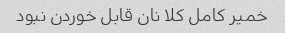
خمیر کامل کلا نان قابل خوردن نبود